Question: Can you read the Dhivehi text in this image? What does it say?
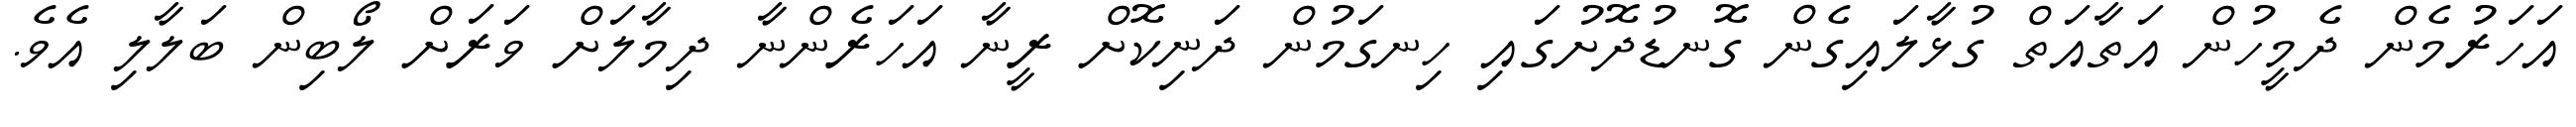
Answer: އަހަރުމެން ދެމީހުން އަތާއަތް ގުޅާލައިގެން ގޮނޑުދޮށުގައި ހިނގަމުން ދަނިކޮށް ރީނާ އަހަރެންނާ ދިމާލަށް ވަރަށް ލޯބިން ބަލާލި އެވެ.